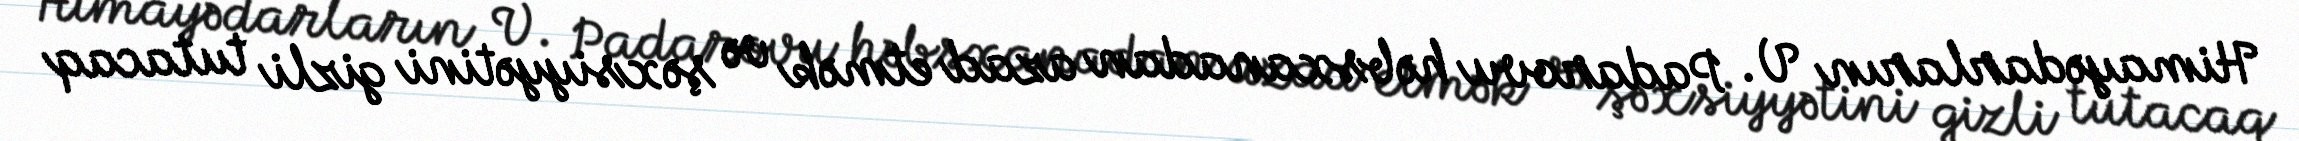
Himayədarların V. Padarovu həbsxanadan azad etmək və şəxsiyyətini gizli tutacaq